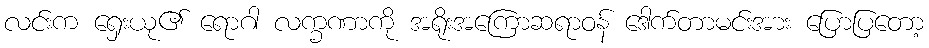
လင်းက ရှေးယု၏ ရောဂါ လက္ခဏာကို အရိုးအကြောဆရာဝန် ဒေါက်တာမင်းအား ပြောပြတော့